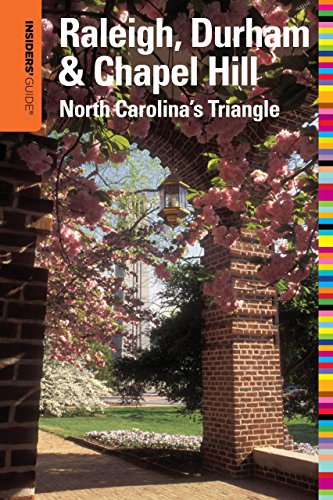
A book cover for Insiders' GuideÂ® to Raleigh, Durham & Chapel Hill: North Carolina's Triangle (Insiders' Guide Series); Amber Nimocks; Travel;